Report on sanitation, dispensaries, and jails in Rajputana for 1919, and on vaccination for the year 1919-1920 - 1919-1920
Year: 1919
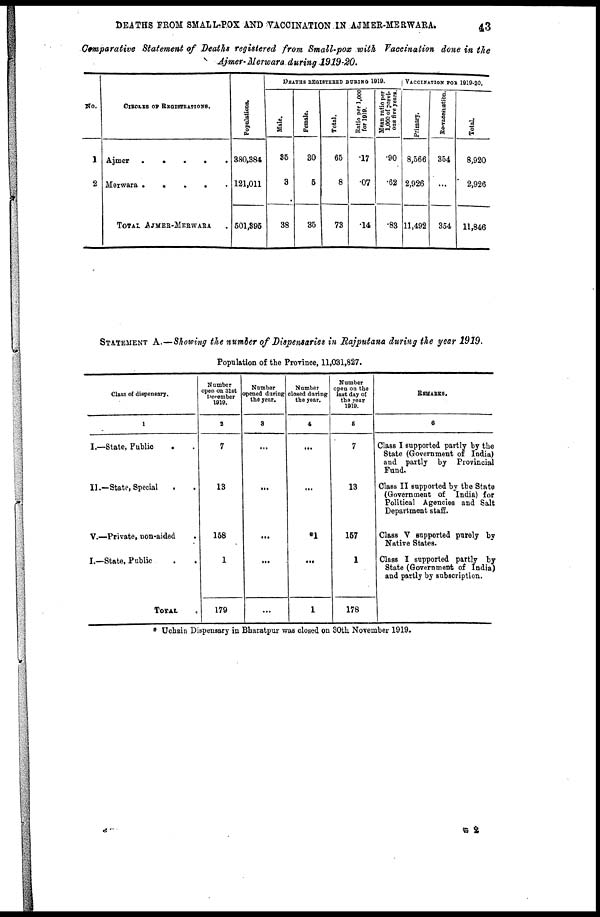
DEATHS FROM SMALL-POX AND VACCINATION IN AJMER-MERWARA.
43
Comparative Statement of Deaths registered from Small-pox with Vaccination done in the
Ajmer-Merwara during 1919-20.
No.
1
2
CIRCLES OF REGISTRATIONS.
Ajmer
.
.
.
.
.
Merwara
.
.
.
.
TOTAL AJMER-MERWARA .
Populations.
380,384
121,011
501,395
DEATHS REGISTERED DURING 1919.
Male.
35
3
38
Female.
30
5
35
Total.
65
8
73
R atio per 1,000
for 1919.
.17
.07
.14
Mean ratio per
1,000 of previ-
ous five years.
.90
.62
.83
VACCINATION FOR 1919-20.
Primary.
8,566
2,926
11,492
Re-vaccination.
354
...
354
Total.
8,920
2,926
11,846
STATEMENT A.—Showing the number of Dispensaries in Rajputana during the year 1919.
Population of the Province, 11,031,827.
Class of dispensary.
1
I.—State, Public . .
II.—State, Special . .
V.—Private, non-aided .
I.—State, Public . .
TOTAL
Number
open on 31st
December
1919.
2
7
13
158
1
179
Number
opened during
the year.
3
...
...
...
...
...
Number
closed during
the year.
4
...
...
*1
...
1
Number
open on the
last day of
the year
1919.
5
7
13
157
1
178
REMARKS.
6
Class I supported partly by the
State (Government of India)
and partly by Provincial
Fund.
Class II supported by the State
(Government of India) for
Political Agencies and Salt
Department staff.
Class V supported purely by
Native States.
Class I supported partly by
State (Government of India)
and partly by subscription.
* Uchain Dispensary in Bharatpur was closed on 30th November 1919.
G 2